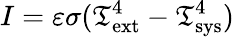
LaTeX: I=\varepsilon\sigma(\mathfrak{T}_{\mathrm{{ext}}}^{4}-\mathfrak{T}_{\mathrm{{sys}}}^{4})